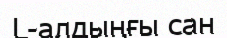
L-алдыңғы сан